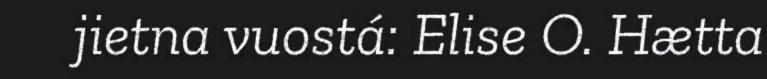
jietna vuostá: Elise O. Hætta